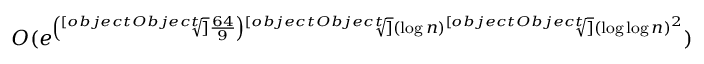
O ( e ^ { \left( { \sqrt [ [object Object] ] { \frac { 6 4 } { 9 } } } \right) { \sqrt [ [object Object] ] { ( \log n ) } } { \sqrt [ [object Object] ] { ( \log \log n ) ^ { 2 } } } } )